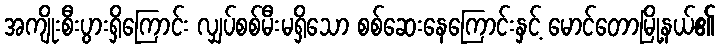
အကျိုးစီးပွားရှိကြောင်း လျှပ်စစ်မီးမရှိသော စစ်ဆေးနေကြောင်းနှင့် မောင်တောမြို့နယ်၏